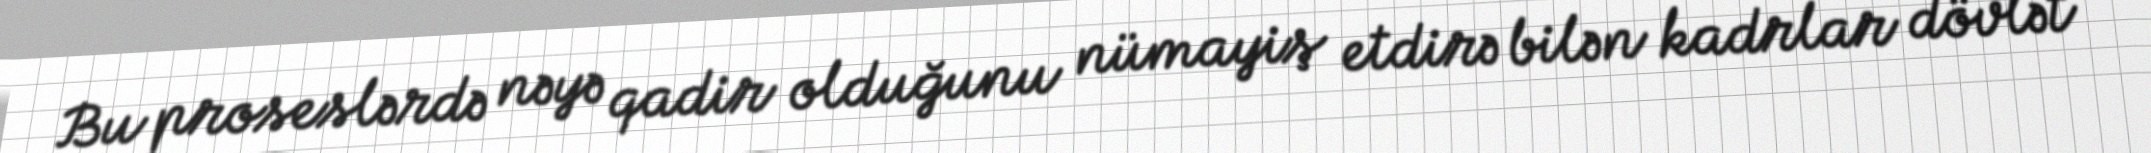
Bu proseslərdə nəyə qadir olduğunu nümayiş etdirə bilən kadrlar dövlət